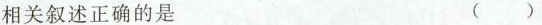
相关叙述正确的是 ()